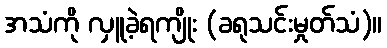
အသံကို လှူခဲ့ရကျိုး (ခရုသင်းမှုတ်သံ)။